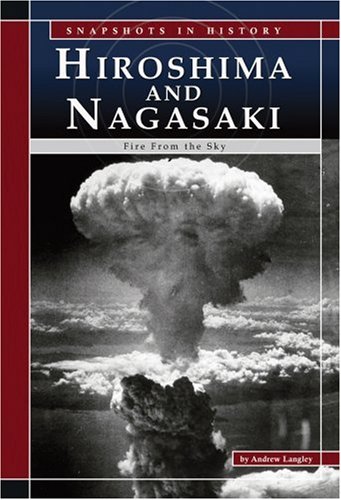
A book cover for Hiroshima and Nagasaki: Fire from the Sky (Snapshots in History); Andrew Langley; Children's Books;